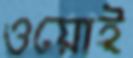
ওয়োই